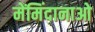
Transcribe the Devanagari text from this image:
मेंमिंदानाओ